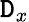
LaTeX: \mathtt{D}_{x}